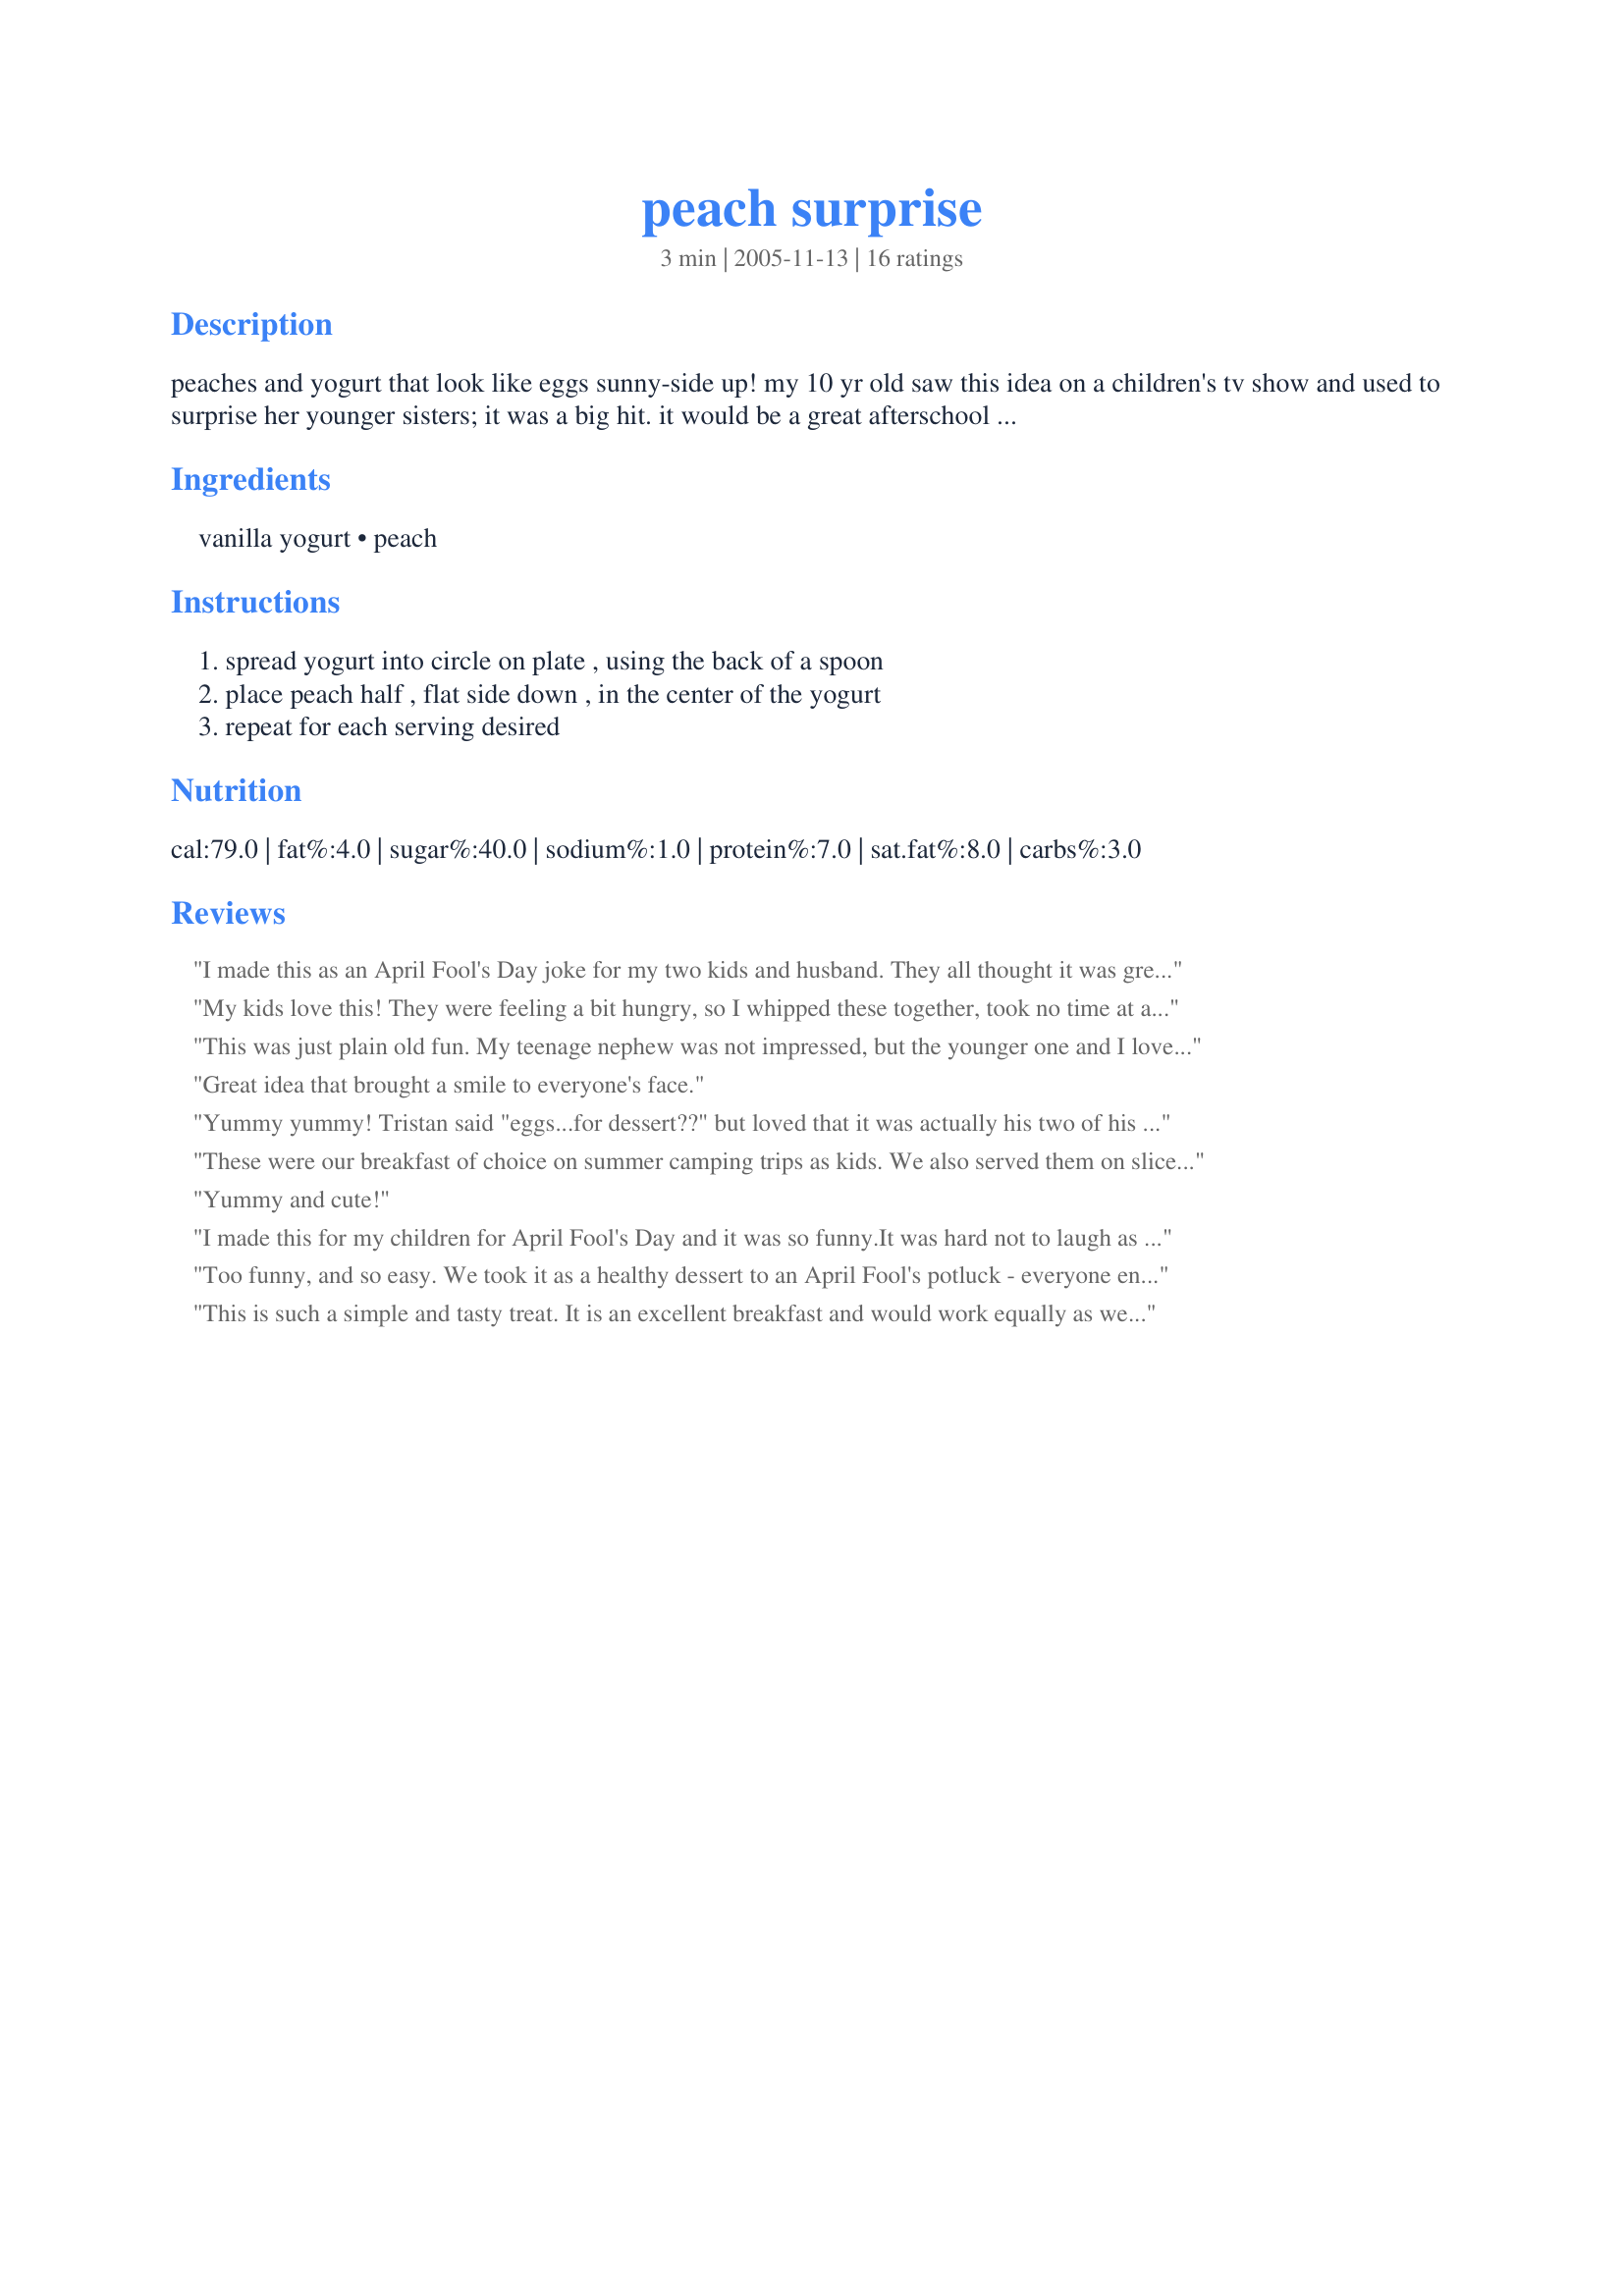
peach surprise
Preparation time: 3 minutes

peaches and yogurt that look like eggs sunny-side up! my 10 yr old saw this idea on a children's tv show and used to surprise her younger sisters; it was a big hit. it would be a great afterschool snack or quick breakfast for slumber parties.

Ingredients:
vanilla yogurt, peach

Steps:
spread yogurt into circle on plate , using the back of a spoon, place peach half , flat side down , in the center of the yogurt, repeat for each serving desired

Reviews:
I made this as an April Fool's Day joke for my two kids and husband. They all thought it was great! I will definately make this again!!
My kids love this! They were feeling a bit hungry, so I whipped these together, took no time at all, and boy were they impressed, and inspired to make them themselves, they are currently on their 6th serve. I am glad thery are easy enough for them to prepare themselves, means I am not the one going back and forth to the kitchen!
This was just plain old fun. My teenage nephew was not impressed, but the younger one and I loved it. (Teens are just too busy not being children.) I added a sprinkle of nutmeg and sugar to give it a salt and pepper look. Served it with cinnamon toast.
Great idea that brought a smile to everyone's face.
Yummy yummy! Tristan said "eggs...for dessert??" but loved that it was actually his two of his favorites treats. Thanks, I wouldn't have had the creativity to come up with this one on my own! And my son loves that he can help "make" this in the kitchen.
These were our breakfast of choice on summer camping trips as kids. We also served them on slices of pound cake and called it "Eggs on Toast".
Yummy and cute!
I made this for my children for April Fool's Day and it was so funny.It was hard not to laugh as I was watching their faces as they tried it!They looked amazingly realistic and I can't wait to try it again!I toasted pound cake and put each "egg" on top.Thanks so much for an easy,clever idea!
Too funny, and so easy. We took it as a healthy dessert to an April Fool's potluck - everyone enjoyed very much. Thanks for sharing!
This is such a simple and tasty treat. It is an excellent breakfast and would work equally as well for a light snack or dessert. I can imagine it as a perfect "trick" for April Fool's. Thanks for posting a fun and healthy way to enjoy our food. :)
soooo gooood! I made a variation that was kinda like this recipe and kinda like another that had raisin toast under the "egg".
I was looking for the perfect little snack and this hit the spot! Thanks for posting. :)
I loved this! I made it for my dad for father's day and it looked sooo cute! Thanks so much for the GREAT idea!
How Clever! i will try it very soon! and when i do i will give my review!
This was to funny! I gave this to my sleepy DD this morning. She kept trying to break the yolk! She had a good laugh when I told her what it was. She wouldn't admit that I tricked her. I was pleased with myself anyway. Thanks for sharing this fun recipe.
Huge hit with the 4 kids! Even the picky eater ate it! Thank you so much for posting this easy breakfast recipe. The kids loved it, and it will definately become a regular around this house!
